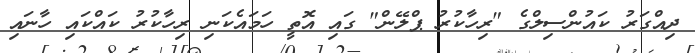
ދިއްގަރު ކައުންސިލްގެ "ރިހާކުރު ޕްލޭން" ގައި އޮތީ ހަމައެކަނި ރިހާކުރު ކައްކައި ހާނައި